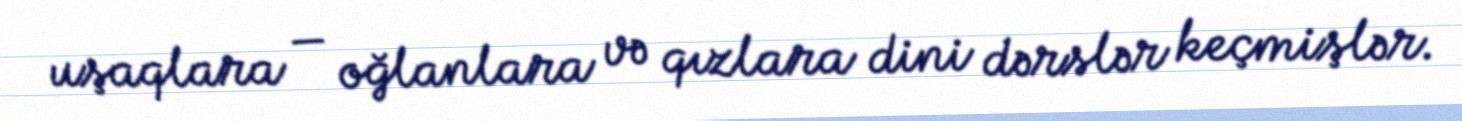
uşaqlara — oğlanlara və qızlara dini dərslər keçmişlər.